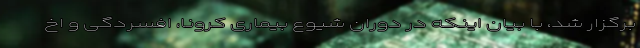
برگزار شد، با بیان اینکه در دوران شیوع بیماری کرونا، افسردگی و اخ